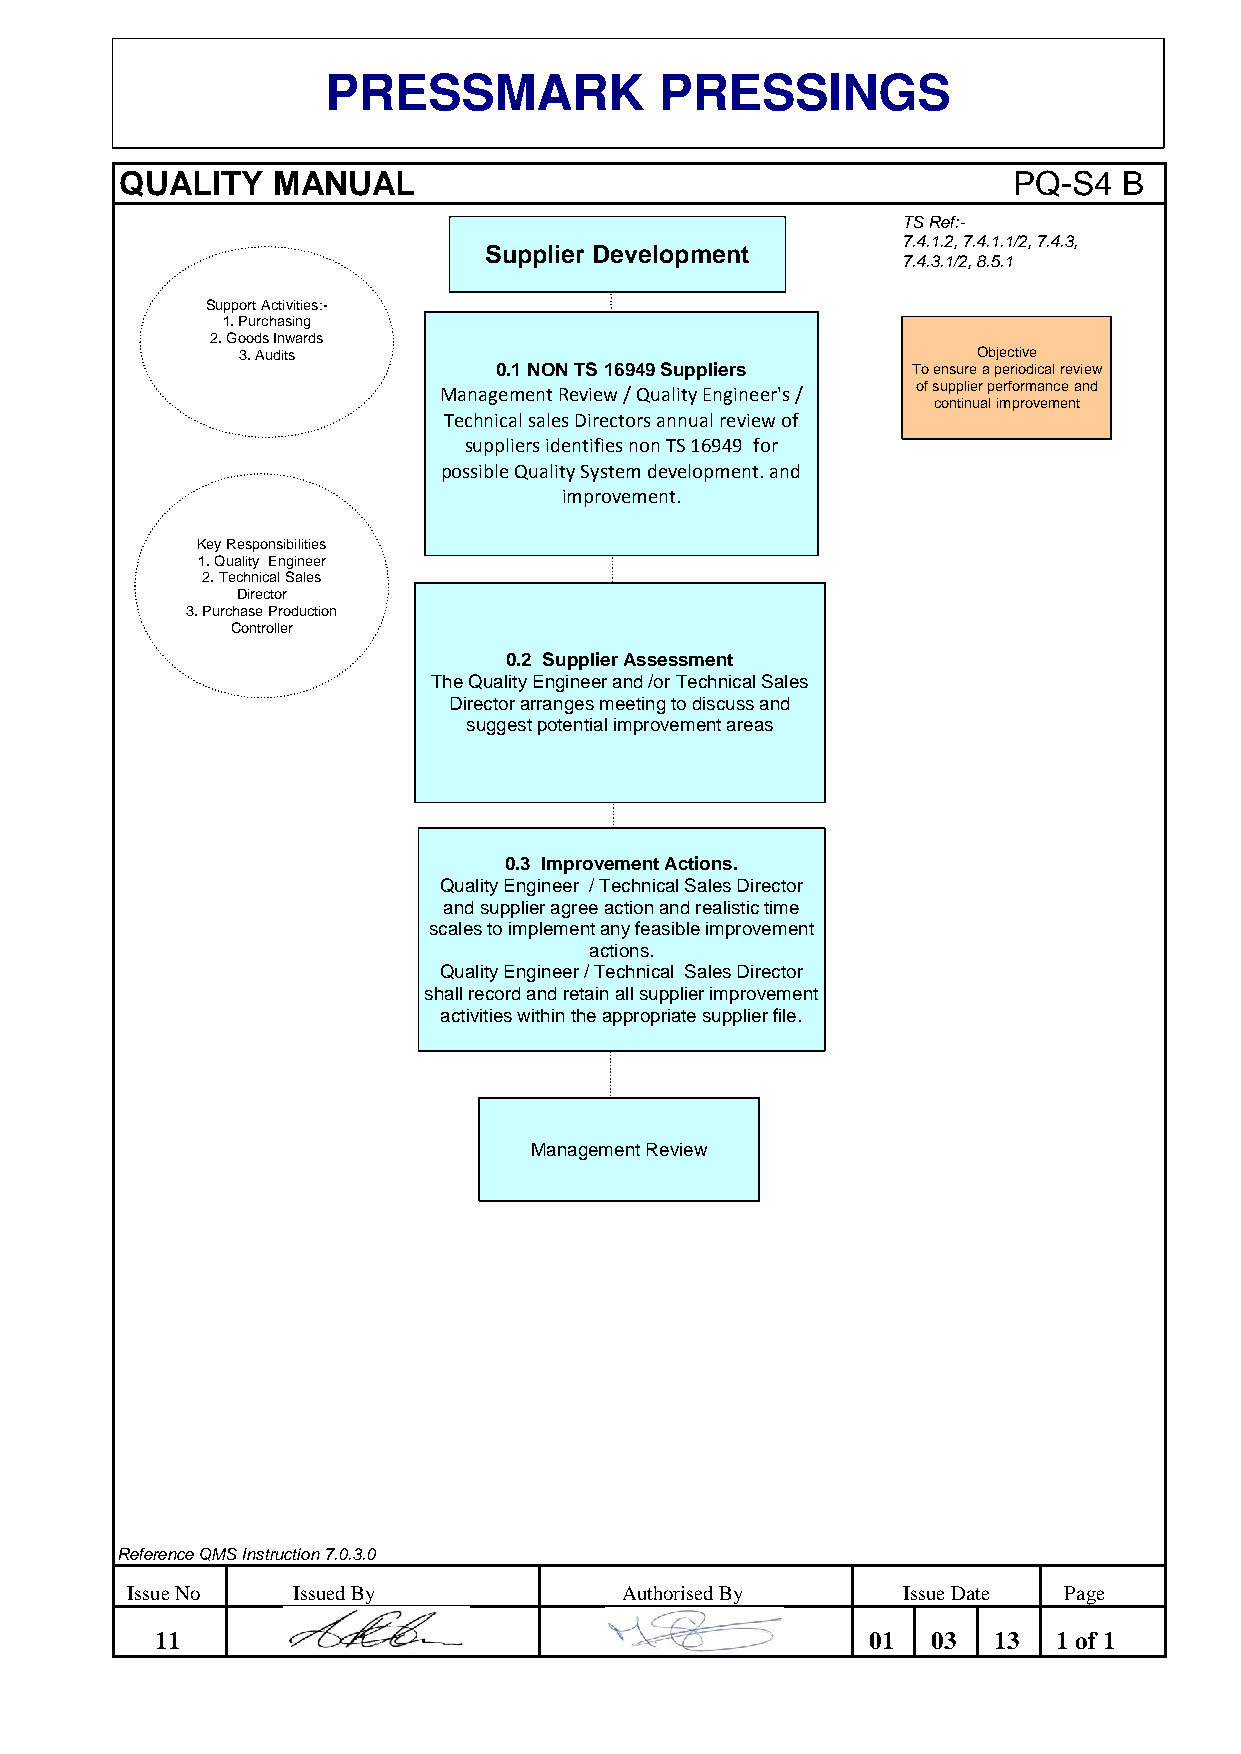
PRESSMARK             PRESSINGS
 QUALITY   MANUAL                                           PQ-S4  B
 TS Ref:-
 7.4.1.2, 7.4.1.1/2, 7.4.3,
 Supplier Development
 7.4.3.1/2, 8.5.1
 Support Activities:-
 1. Purchasing
 2. Goods Inwards
 3. Audits                                        Objective
 0.1 NON TS 16949 Suppliers To ensure a periodical review
 of supplier performance and
 Management Review / Quality Engineer's /
 continual improvement
 Technical sales Directors annual review of
 suppliers identifies non TS 16949 for
 possible Quality System development. and
 improvement.
 Key Responsibilities
 1. Quality Engineer
 2. Technical Sales
 Director
 3. Purchase Production
 Controller
 0.2 Supplier Assessment
 The Quality Engineer and /or Technical Sales
 Director arranges meeting to discuss and
 suggest potential improvement areas
 0.3 Improvement Actions.
 Quality Engineer / Technical Sales Director
 and supplier agree action and realistic time
 scales to implement any feasible improvement
 actions.
 Quality Engineer / Technical Sales Director
 shall record and retain all supplier improvement
 activities within the appropriate supplier file.
 Management Review
 Reference QMS Instruction 7.0.3.0
 Issue No   Issued By             Authorised By      Issue Date Page
 11                                             01   03  13  1 of 1